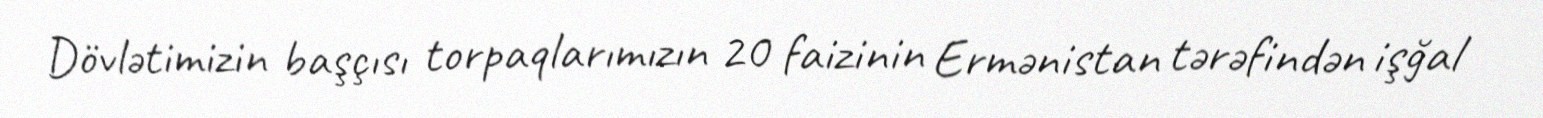
Dövlətimizin başçısı torpaqlarımızın 20 faizinin Ermənistan tərəfindən işğal